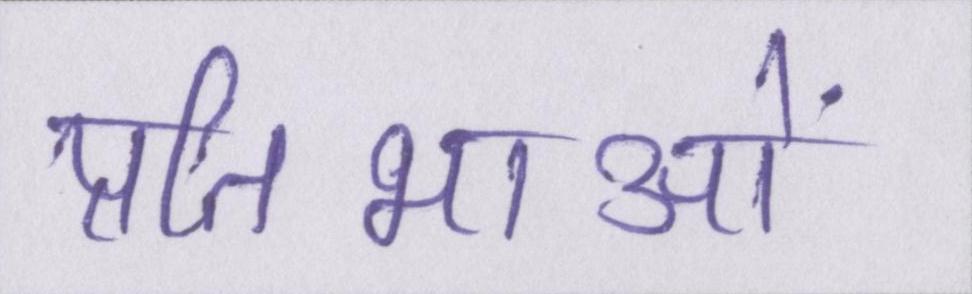
प्रतिभाओं